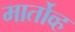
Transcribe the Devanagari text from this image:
मार्तोव्ह